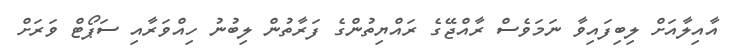
އާއިލާއަށް ލިބިފައިވާ ނަމަވެސް ރާއްޖޭގެ ރައްޔިތުންގެ ފަރާތުން ލިބުނު ހިއްވަރާއި ސަޕޯޓް ވަރަށް